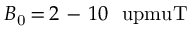
B _ { \mathrm { 0 } } \, { = } \, 2 \mathrm { ~ - ~ } 1 0 ~ \mathrm { \ u p m u T }